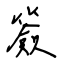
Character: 簽